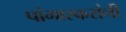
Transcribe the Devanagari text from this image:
पांगारकरांनी